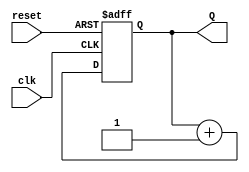
module binary_counter (
    input wire clk,         // Clock input
    input wire reset,       // Asynchronous reset input
    output reg [2:0] Q      // 3-bit output for the count
);

    // Always block triggered on the rising edge of the clock or the reset signal
    always @(posedge clk or posedge reset) begin
        if (reset) begin
            // If reset is high, set count to 0
            Q <= 3'b000;
        end else begin
            // Otherwise, increment the count
            Q <= Q + 1;
        end
    end

endmodule